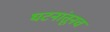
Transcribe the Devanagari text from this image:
घटनांतूनच